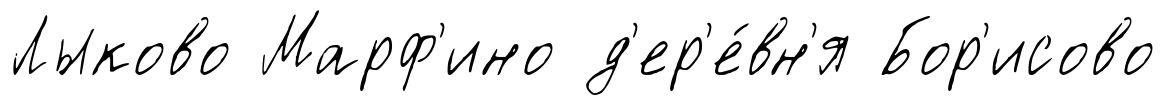
Лыково Марф'ино д'ер'е́вн'я Бор'исово